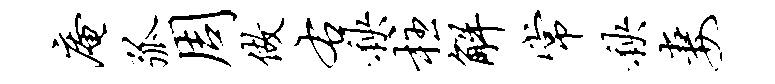
庵弧周做右秧柱解常秧妻